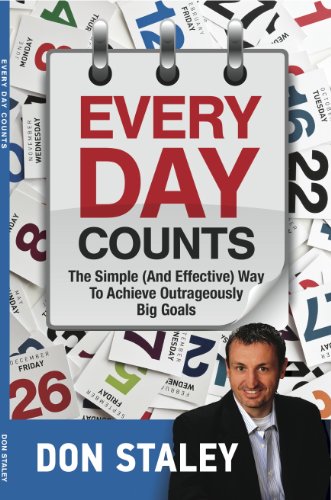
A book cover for Every Day Counts; The Simple (And Effective) Way To Achieve Outrageously Big Goals; Don Staley; Self-Help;